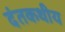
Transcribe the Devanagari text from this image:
दंतकथीय